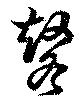
鼕